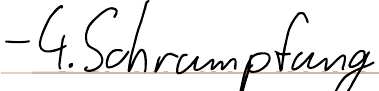
- 4. Schrumpfung